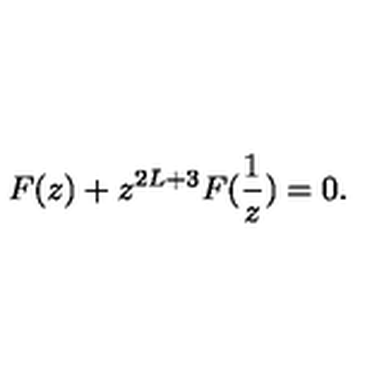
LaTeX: F ( z ) + z ^ { 2 L + 3 } F ( \frac { 1 } { z } ) = 0 .